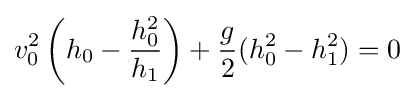
v_{0}^{2}\left(h_{0}-{h_{0}^{2} \over h_{1}}\right)+{g \over 2}(h_{0}^{2}-h_{1}^{2})=0